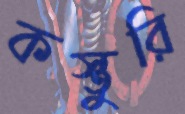
কস্তুরি